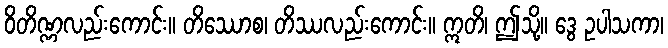
ဝိတိဏ္ဏလည်းကောင်း။ တိဿောစ၊ တိဿလည်းကောင်း။ ဣတိ၊ ဤသို့။ ဒွေ ဥပါသကာ၊